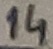
Text: 14